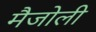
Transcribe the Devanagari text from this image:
मैजोली